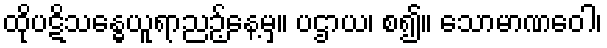
ထိုပဋိသန္ဓေယူရာညဉ့်နေ့မှ။ ပဌာယ၊ စ၍။ သောမာဏဝေါ၊